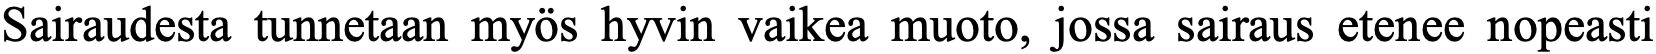
Sairaudesta tunnetaan myös hyvin vaikea muoto, jossa sairaus etenee nopeasti